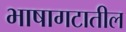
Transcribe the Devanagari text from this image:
भाषागटातील